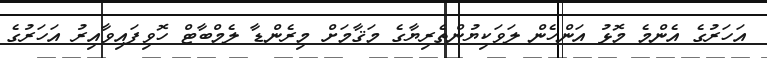
އަހަރުގެ އެންމެ މޮޅު އަންހެން ލަވަކިޔުންތެރިޔާގެ މަޤާމަށް މިރެންޑާ ލެމްބާޓް ހޮވިފައިވާއިރު އަހަރުގެ